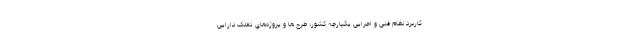
کاربرد نظام فنی و اجرایی یکپارچه کشور، طرح ها و پروژه‌های تملک دارایی